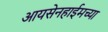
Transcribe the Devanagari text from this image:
आयसेनहाईमच्या